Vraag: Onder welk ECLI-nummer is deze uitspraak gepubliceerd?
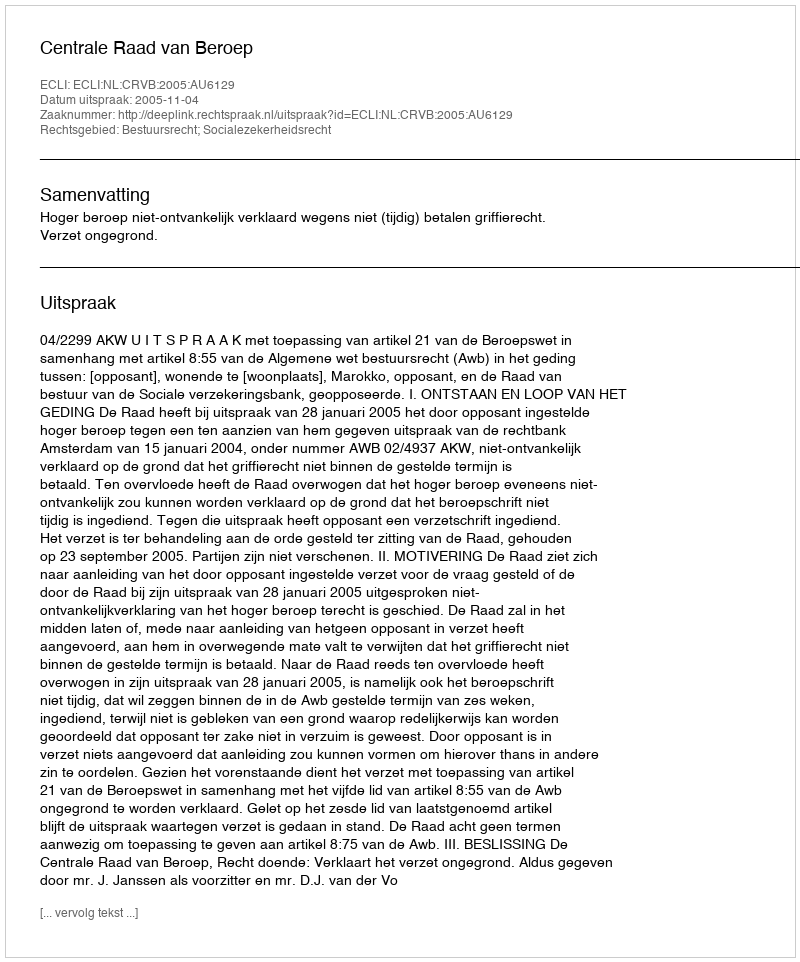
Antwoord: ECLI:NL:CRVB:2005:AU6129